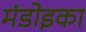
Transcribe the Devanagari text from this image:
मंडोइका